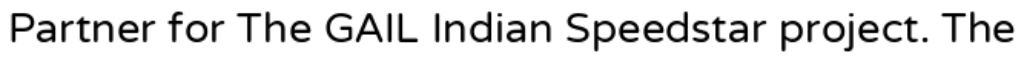
Partner for The GAIL Indian Speedstar project. The